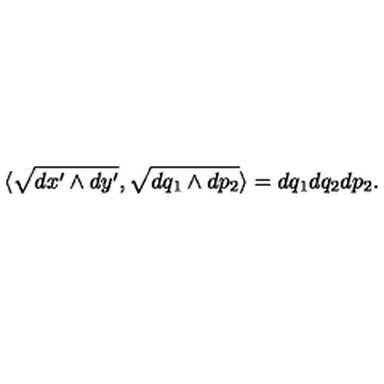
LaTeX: \langle \sqrt { d x ^ { \prime } \wedge d y ^ { \prime } } , \sqrt { d q _ { 1 } \wedge d p _ { 2 } } \rangle = d q _ { 1 } d q _ { 2 } d p _ { 2 } .